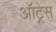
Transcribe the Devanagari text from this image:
ऑट्रेस